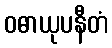
ဝဓာယုပနီတံ